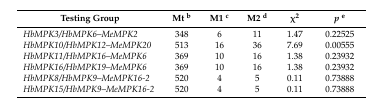
<table><thead><tr><td><b>Testing Group</b></td><td><b>Mt <sup>b</sup></b></td><td><b>M1 <sup>c</sup></b></td><td><b>M2 <sup>d</sup></b></td><td><b>χ<sup>2</sup></b></td><td><b><i>p</i><sup>e</sup></b></td></tr></thead><tbody><tr><td><i>HbMPK3/HbMPK6</i>–<i>MeMPK2</i></td><td>348</td><td>6</td><td>11</td><td>1.47</td><td>0.22525</td></tr><tr><td><i>HbMPK10/HbMPK12</i>–<i>MeMPK20</i></td><td>513</td><td>16</td><td>36</td><td>7.69</td><td>0.00555</td></tr><tr><td><i>HbMPK11/HbMPK16</i>–<i>MeMPK6</i></td><td>369</td><td>10</td><td>16</td><td>1.38</td><td>0.23932</td></tr><tr><td><i>HbMPK16/HbMPK19</i>–<i>MeMPK6</i></td><td>369</td><td>10</td><td>16</td><td>1.38</td><td>0.23932</td></tr><tr><td><i>HbMPK8/HbMPK9</i>–<i>MeMPK16-2</i></td><td>520</td><td>4</td><td>5</td><td>0.11</td><td>0.73888</td></tr><tr><td><i>HbMPK15/HbMPK9</i>–<i>MeMPK16-2</i></td><td>520</td><td>4</td><td>5</td><td>0.11</td><td>0.73888</td></tr></tbody></table>